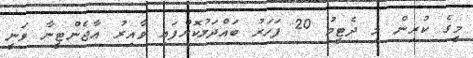
މީގެ ކުރިން މި ދެޓީމު 20 ފަހަރު ބައްދަލުކޮށްފައި ވާއިރު އާޖެންޓީނާ ވަނީ